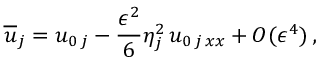
{ \overline { { u } } } _ { j } = u _ { 0 \, j } - \frac { \epsilon ^ { 2 } } { 6 } \eta _ { j } ^ { 2 } \, u _ { 0 \, j \, x x } + O ( \epsilon ^ { 4 } ) \, ,